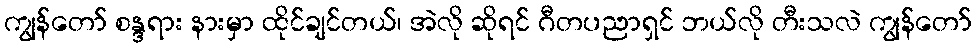
ကျွန်တော် စန္ဒရား နားမှာ ထိုင်ချင်တယ်၊ အဲလို ဆိုရင် ဂီတပညာရှင် ဘယ်လို တီးသလဲ ကျွန်တော်